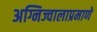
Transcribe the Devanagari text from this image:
अग्निज्वालाप्रमाणे